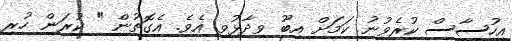
އިހުސާސް ކުރެވުނު ކަމަށް އިބޫ ވިދާޅުވި އެވެ. އެގޮތުން " ކުރަން ހުރި